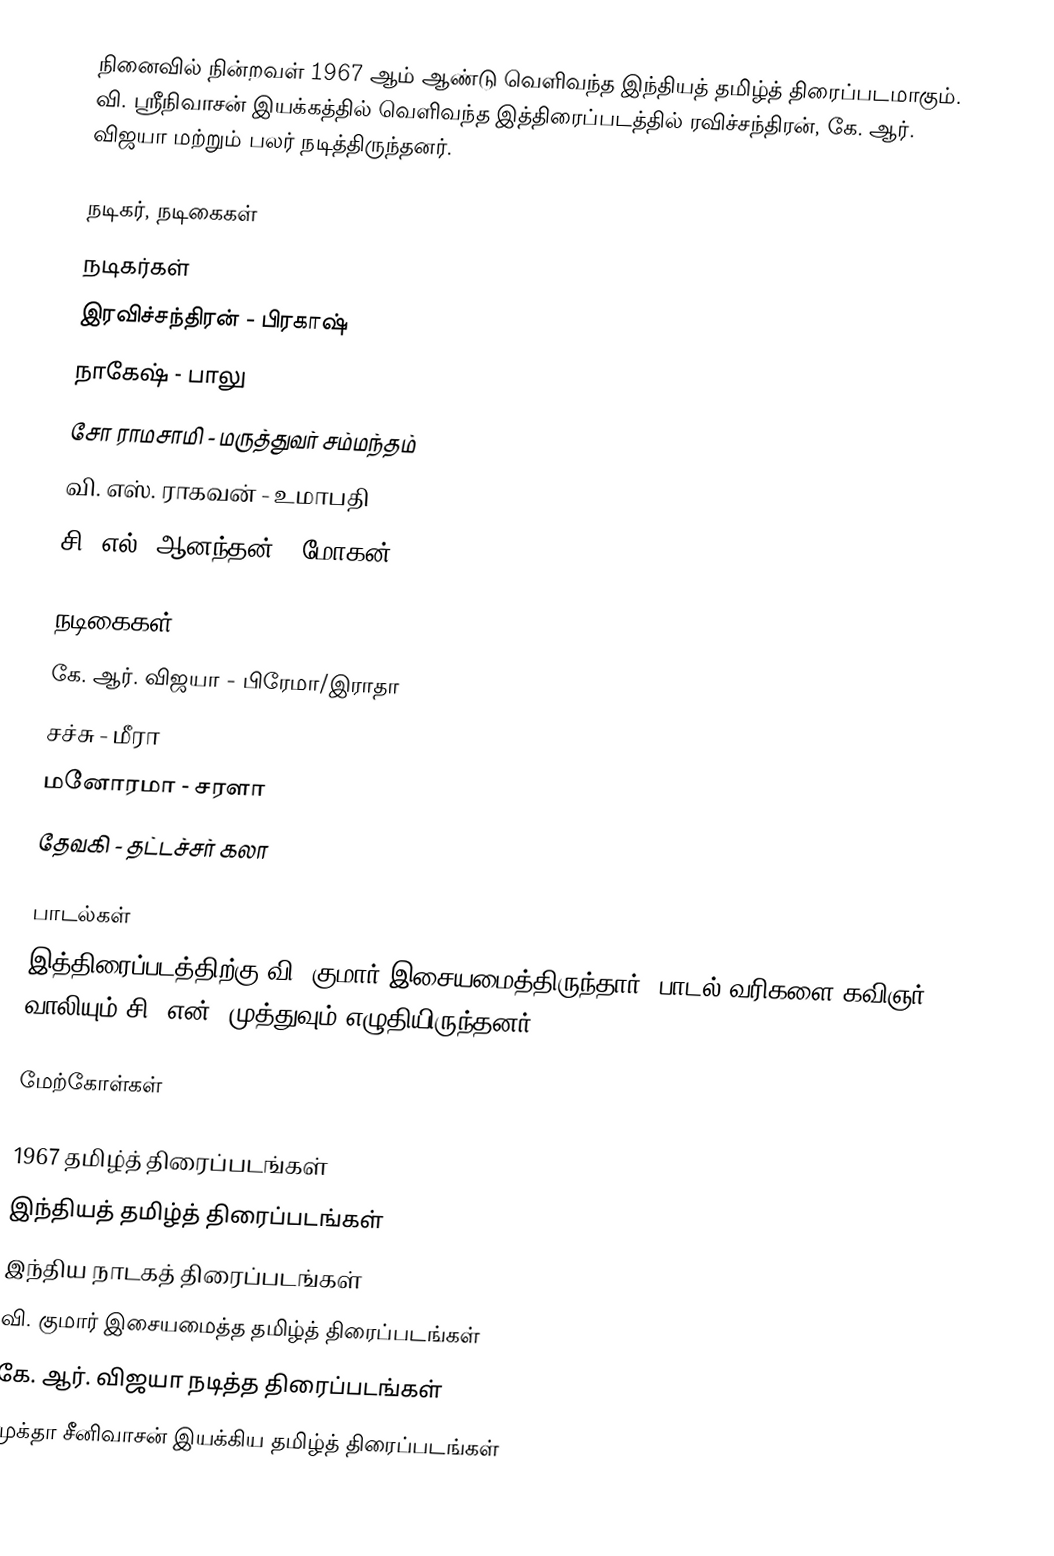
நினைவில் நின்றவள் 1967 ஆம் ஆண்டு வெளிவந்த இந்தியத் தமிழ்த் திரைப்படமாகும். வி. ஸ்ரீநிவாசன் இயக்கத்தில் வெளிவந்த இத்திரைப்படத்தில் ரவிச்சந்திரன், கே. ஆர். விஜயா மற்றும் பலர் நடித்திருந்தனர்.

நடிகர், நடிகைகள்
நடிகர்கள்
 இரவிச்சந்திரன் - பிரகாஷ்
 நாகேஷ் - பாலு
 சோ ராமசாமி - மருத்துவர் சம்மந்தம்
 வி. எஸ். ராகவன் - உமாபதி
 சி. எல். ஆனந்தன் - மோகன்

நடிகைகள்
 கே. ஆர். விஜயா - பிரேமா/இராதா
 சச்சு - மீரா
 மனோரமா - சரளா
 தேவகி - தட்டச்சர் கலா

பாடல்கள்
இத்திரைப்படத்திற்கு வி. குமார் இசையமைத்திருந்தார். பாடல் வரிகளை கவிஞர் வாலியும் சி. என். முத்துவும் எழுதியிருந்தனர்.

மேற்கோள்கள்

1967 தமிழ்த் திரைப்படங்கள்
இந்தியத் தமிழ்த் திரைப்படங்கள்
இந்திய நாடகத் திரைப்படங்கள்
வி. குமார் இசையமைத்த தமிழ்த் திரைப்படங்கள்
கே. ஆர். விஜயா நடித்த திரைப்படங்கள்
முக்தா சீனிவாசன் இயக்கிய தமிழ்த் திரைப்படங்கள்